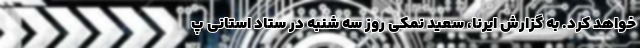
خواهد کرد. به گزارش ایرنا، سعید نمکی روز سه شنبه در ستاد استانی پ